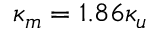
\kappa _ { m } = 1 . 8 6 \kappa _ { u }